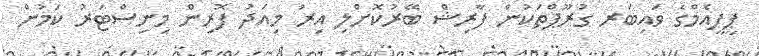
ޕީޕީއެމްގެ ވައިބަރ ގުރޫޕްތަކުން ފާރިޝް ބޭރުކޮށްލި އިރު މިއަދު ފޮރިން މިނިސްޓަރު ކަމުން